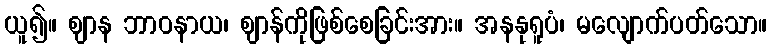
ယူ၍။ ဈာန ဘာဝနာယ၊ ဈာန်ကိုဖြစ်စေခြင်းအား။ အနနုရူပံ၊ မလျောက်ပတ်သော။